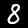
Digit: 8